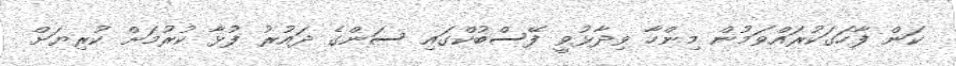
ކަން ފާހަގަކުރައްވަމުން މިންހާ ވިދާޅުވީ ފޭސްބުކްގައި ސަންގެ ދައުރު ފުޅާ ކުރުމަށް ކުރިޔަށް